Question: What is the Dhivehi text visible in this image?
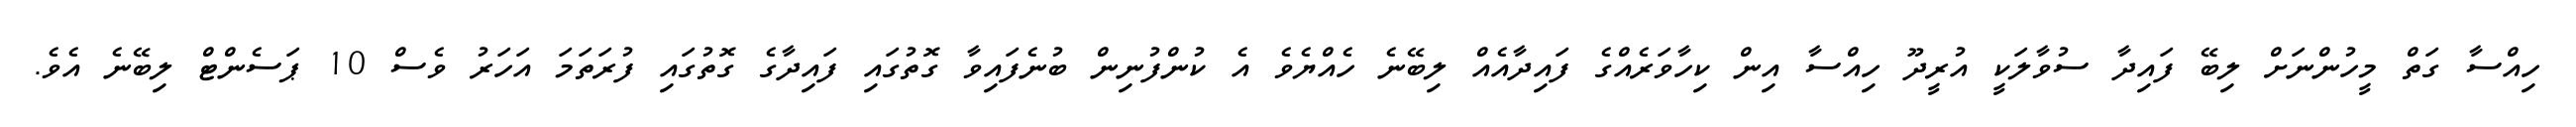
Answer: ހިއްސާ ގަތް މީހުންނަށް ލިބޭ ފައިދާ ސުވާލަކީ އުރީދޫ ހިއްސާ އިން ކިހާވަރެއްގެ ފައިދާއެއް ލިބޭނެ ހެއްޔެވެ އެ ކުންފުނިން ބުނެފައިވާ ގޮތުގައި ފައިދާގެ ގޮތުގައި ފުރަތަމަ އަހަރު ވެސް 10 ޕަސެންޓް ލިބޭނެ އެވެ.